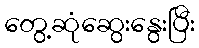
တွေ့ဆုံဆွေးနွေးပြီး